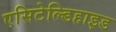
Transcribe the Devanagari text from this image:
एसिटेल्डिहाइड